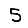
Digit: 5